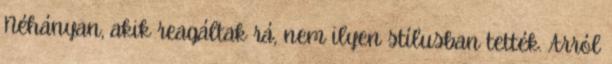
Néhányan, akik reagáltak rá, nem ilyen stí­lusban tették. Arról